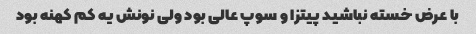
با عرض خسته نباشید پیتزا و سوپ عالی بود ولی نونش یه کم کهنه بود